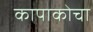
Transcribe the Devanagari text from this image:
कापाकोचा